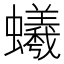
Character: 𧔠